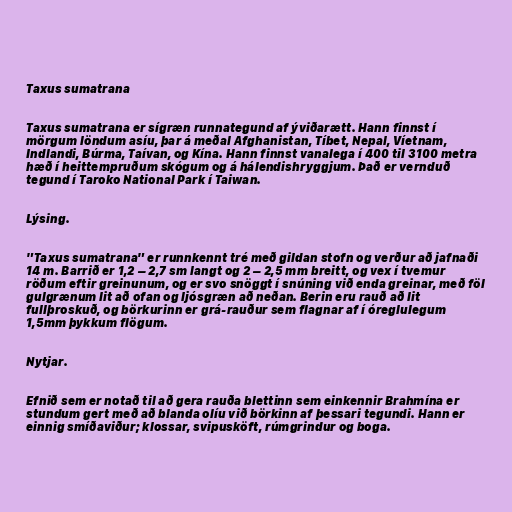
Taxus sumatrana

Taxus sumatrana er sígræn runnategund af ýviðarætt. Hann finnst í
mörgum löndum asíu, þar á meðal Afghanistan, Tíbet, Nepal, Víetnam,
Indlandi, Búrma, Taívan, og Kína. Hann finnst vanalega í 400 til 3100 metra
hæð í heittempruðum skógum og á hálendishryggjum. Það er vernduð
tegund í Taroko National Park í Taiwan.

Lýsing.

"Taxus sumatrana" er runnkennt tré með gildan stofn og verður að jafnaði
14 m. Barrið er 1,2 – 2,7 sm langt og 2 – 2,5 mm breitt, og vex í tvemur
röðum eftir greinunum, og er svo snöggt í snúning við enda greinar, með föl
gulgrænum lit að ofan og ljósgræn að neðan. Berin eru rauð að lit
fullþroskuð, og börkurinn er grá-rauður sem flagnar af í óreglulegum
1,5mm þykkum flögum.

Nytjar.

Efnið sem er notað til að gera rauða blettinn sem einkennir Brahmína er
stundum gert með að blanda olíu við börkinn af þessari tegundi. Hann er
einnig smíðaviður; klossar, svipusköft, rúmgrindur og boga.